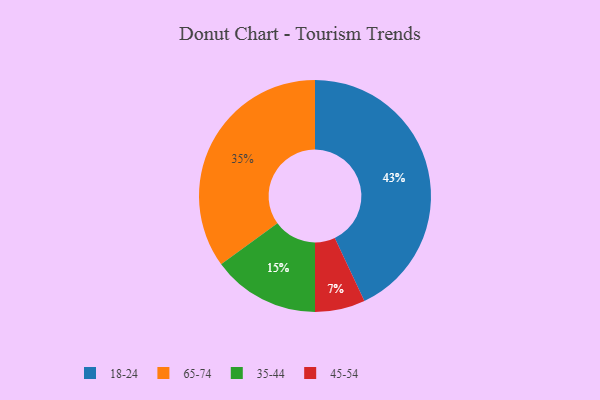
{"axis": {"x": "Category", "y": "Percentage"}, "legend": ["18-24", "35-44", "45-54", "65-74"], "data": [{"x": "45-54", "y": 7, "type": "45-54"}, {"x": "18-24", "y": 43, "type": "18-24"}, {"x": "35-44", "y": 15, "type": "35-44"}, {"x": "65-74", "y": 35, "type": "65-74"}]}